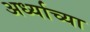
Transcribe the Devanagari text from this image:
अर्ध्याच्या